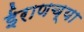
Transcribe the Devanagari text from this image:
ईराणच्या